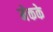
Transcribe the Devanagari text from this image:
मेकके